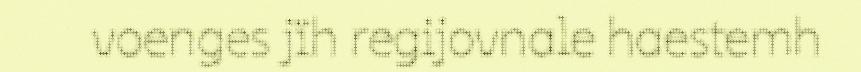
voenges jïh regijovnale haestemh